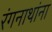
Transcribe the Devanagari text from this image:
रंगनाथांना